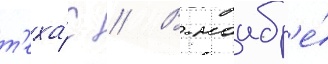
т'еха́с // В ноабр'е́